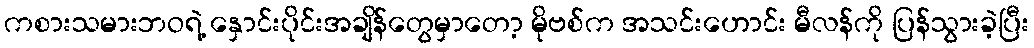
ကစားသမားဘဝရဲ့ နှောင်းပိုင်းအချိန်တွေမှာတော့ မိုဗစ်က အသင်းဟောင်း မီလန်ကို ပြန်သွားခဲ့ပြီး